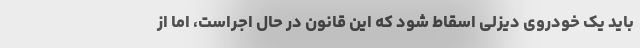
باید یک خودروی دیزلی اسقاط شود که این قانون در حال اجراست، اما از